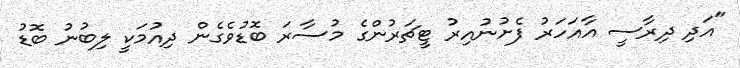
"އަދި ދިރާސީ އާއަހަރު ފެށުނުއިރު ޓީޗަރުންގެ މުސާރަ ބޮޑުވެގެން ދިއުމަކީ ލިބުނު ބޮޑު